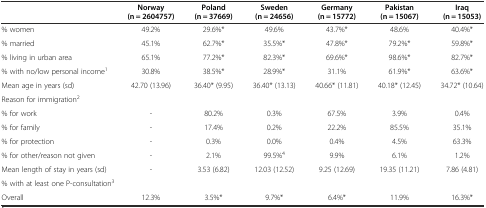
<table><thead><tr><td></td><td><b>Norway (n = 2604757)</b></td><td><b>Poland (n = 37669)</b></td><td><b>Sweden (n = 24656)</b></td><td><b>Germany (n = 15772)</b></td><td><b>Pakistan (n = 15067)</b></td><td><b>Iraq (n = 15053)</b></td></tr></thead><tbody><tr><td>% women</td><td>49.2%</td><td>29.6%*</td><td>49.6%</td><td>43.7%*</td><td>48.6%</td><td>40.4%*</td></tr><tr><td>% married</td><td>45.1%</td><td>62.7%*</td><td>35.5%*</td><td>47.8%*</td><td>79.2%*</td><td>59.8%*</td></tr><tr><td>% living in urban area</td><td>65.1%</td><td>77.2%*</td><td>82.3%*</td><td>69.6%*</td><td>98.6%*</td><td>82.7%*</td></tr><tr><td>% with no/low personal income<sup>1</sup></td><td>30.8%</td><td>38.5%*</td><td>28.9%*</td><td>31.1%</td><td>61.9%*</td><td>63.6%*</td></tr><tr><td>Mean age in years (sd)</td><td>42.70 (13.96)</td><td>36.40* (9.95)</td><td>36.40* (13.13)</td><td>40.66* (11.81)</td><td>40.18* (12.45)</td><td>34.72* (10.64)</td></tr><tr><td colspan="2">Reason for immigration<sup>2</sup></td><td></td><td></td><td></td><td></td><td></td></tr><tr><td>% for work</td><td>-</td><td>80.2%</td><td>0.3%</td><td>67.5%</td><td>3.9%</td><td>0.4%</td></tr><tr><td>% for family</td><td>-</td><td>17.4%</td><td>0.2%</td><td>22.2%</td><td>85.5%</td><td>35.1%</td></tr><tr><td>% for protection</td><td>-</td><td>0.3%</td><td>0.0%</td><td>0.4%</td><td>4.5%</td><td>63.3%</td></tr><tr><td>% for other/reason not given</td><td>-</td><td>2.1%</td><td>99.5%<sup>4</sup></td><td>9.9%</td><td>6.1%</td><td>1.2%</td></tr><tr><td>Mean length of stay in years (sd)</td><td>-</td><td>3.53 (6.82)</td><td>12.03 (12.52)</td><td>9.25 (12.69)</td><td>19.35 (11.21)</td><td>7.86 (4.81)</td></tr><tr><td colspan="2">% with at least one P-consultation<sup>3</sup></td><td></td><td></td><td></td><td></td><td></td></tr><tr><td>Overall</td><td>12.3%</td><td>3.5%*</td><td>9.7%*</td><td>6.4%*</td><td>11.9%</td><td>16.3%*</td></tr></tbody></table>